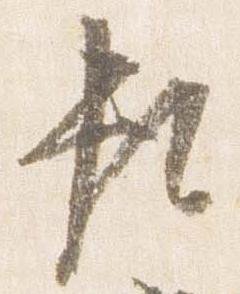
頼